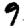
Digit: 9